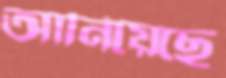
আনিয়েছে